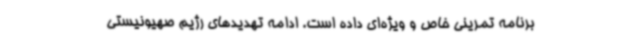
برنامه تمرینی خاص و ویژه‌ای داده است. ادامه تهدیدهای رژیم صهیونیستی